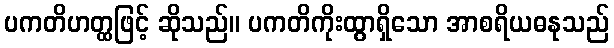
ပကတိဟတ္ထဖြင့် ဆိုသည်။ ပကတိကိုးထွာရှိသော အာစရိယဓနုသည်